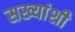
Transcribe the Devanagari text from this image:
सख्यांशी